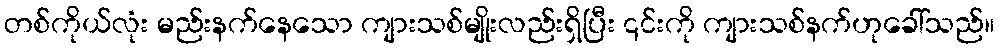
တစ်ကိုယ်လုံး မည်းနက်နေသော ကျားသစ်မျိုးလည်းရှိပြီး ၎င်းကို ကျားသစ်နက်ဟုခေါ်သည်။